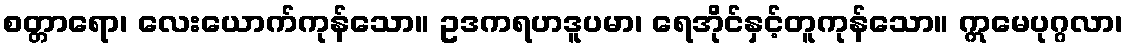
စတ္တာရော၊ လေးယောက်ကုန်သော။ ဥဒကရဟဒူပမာ၊ ရေအိုင်နှင့်တူကုန်သော။ ဣမေပုဂ္ဂလာ၊